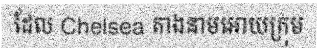
ដែល Chelsea តាងនាមអោយក្រុម